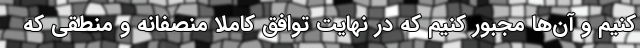
کنیم و آن‌ها مجبور کنیم که در نهایت توافق کاملا منصفانه و منطقی که